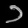
Digit: ၁